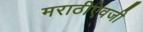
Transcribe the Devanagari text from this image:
मराठीऐवजी